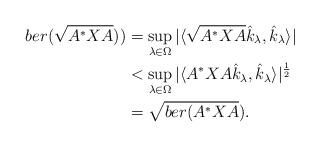
LaTeX: \begin{align*}ber(\sqrt{A^*XA})) & = \sup_{\lambda \in \Omega} |\langle \sqrt{A^*XA} \hat{k}_{\lambda}, \hat{k}_{\lambda} \rangle| \\& < \sup_{\lambda \in \Omega} |\langle {A^*XA} \hat{k}_{\lambda}, \hat{k}_{\lambda} \rangle|^{1 \over 2} \\& =\sqrt{ber(A^*XA}).\end{align*}